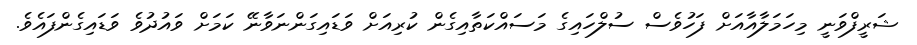
ޝަރީފްވަނީ މިހަމަލާއާއަށް ފަހުވެސް ސުލްހައިގެ މަސައްކަތާއިގެން ކުރިއަށް ވަޑައިގަންނަވާނޭ ކަމަށް ވައުދުވެ ވަޑައިގެންފައެވެ.